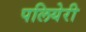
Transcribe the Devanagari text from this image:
पलियेरी